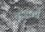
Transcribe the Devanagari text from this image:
बारातों